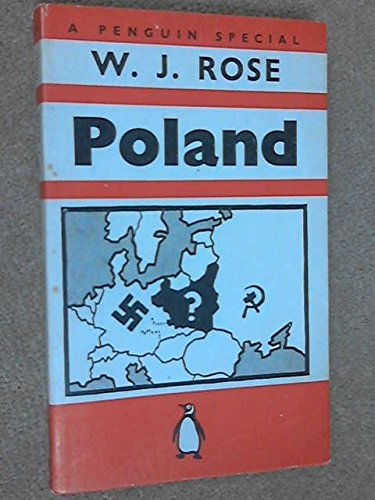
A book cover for Poland; W.J. ROSE; Travel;